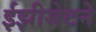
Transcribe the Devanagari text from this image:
ईझीजेटने